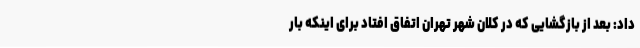
داد: بعد از بازگشایی که در کلان شهر تهران اتفاق افتاد برای اینکه بار